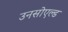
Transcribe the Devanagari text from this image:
उनसोएल्ड